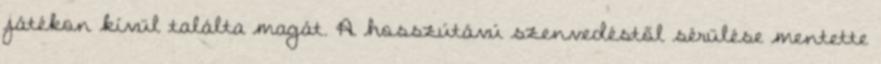
játékon kívül találta magát. A hosszútávú szenvedéstől sérülése mentette